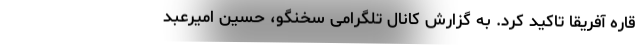
قاره آفریقا تاکید کرد. به گزارش کانال تلگرامی سخنگو، حسین امیرعبد